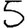
Digit: 5